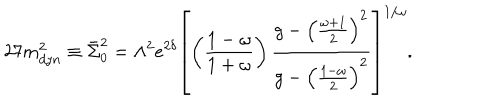
2 7 m _ { d y n } ^ { 2 } \equiv \bar { \Sigma } _ { 0 } ^ { 2 } = \Lambda ^ { 2 } e ^ { 2 \delta } \left[ \left( \frac { 1 - \omega } { 1 + \omega } \right) \frac { g - \left( \frac { \omega + 1 } { 2 } \right) ^ { 2 } } { g - \left( \frac { 1 - \omega } { 2 } \right) ^ { 2 } } \right] ^ { 1 / \omega } .